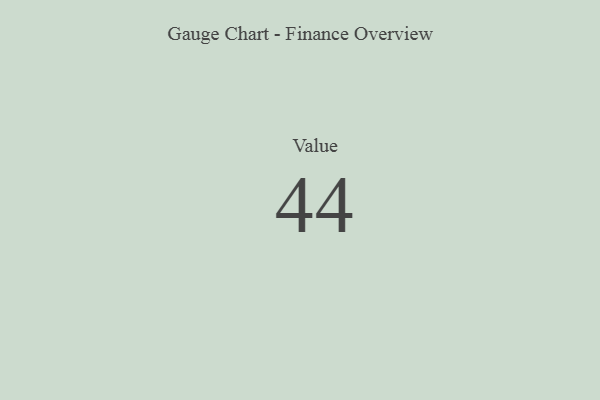
{"axis": {"x": "Metric", "y": "Value"}, "legend": [""], "data": [{"x": "Value", "y": 44, "type": ""}]}